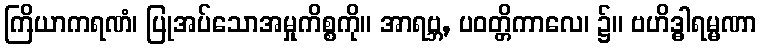
ကြိယာကရဏံ၊ ပြုအပ်သောအမှုကိစ္စကို။ အာရဗ္ဘ, ပဝတ္တိကာလေ၊ ၌။ ဗဟိဒ္ဓါရမ္မဏာ